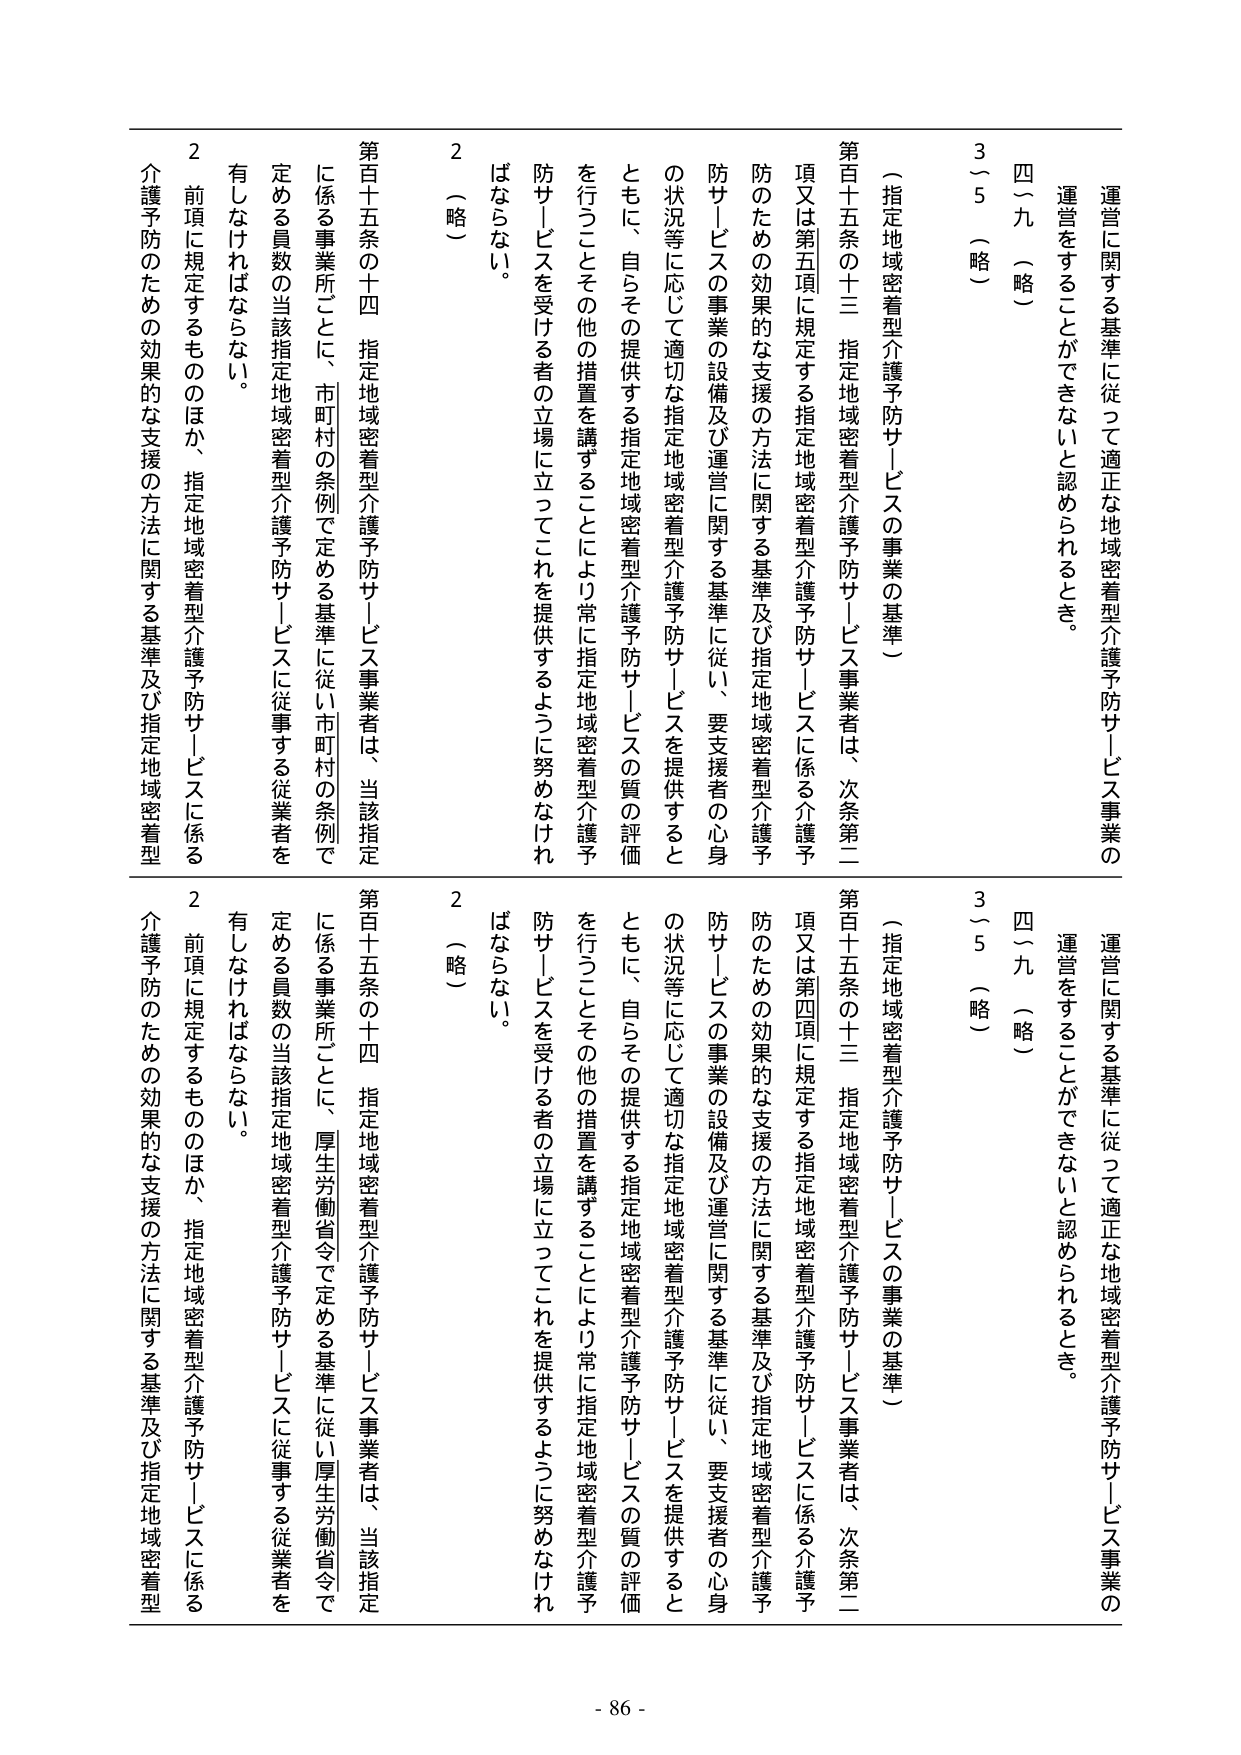
運営に関する基準に従って適正な地域密着型介護予防サービス事業の
運営をすることができないと認められるとき。
四～九（略）
3～5（略）
（指定地域密着型介護予防サービスの事業の基準）
第百十五条の十三 指定地域密着型介護予防サービス事業者は、次条第二
項又は第五項に規定する指定地域密着型介護予防サービスに係る介護予
防のための効果的な支援の方法に関する基準及び指定地域密着型介護予
防サービスの事業の設備及び運営に関する基準に従い、要支援者の心身
の状況等に応じて適切な指定地域密着型介護予防サービスを提供すると
ともに、自らその提供する指定地域密着型介護予防サービスの質の評価
を行うことその他の措置を講ずることにより常に指定地域密着型介護予
防サービスを受ける者の立場に立ってこれを提供するように努めなけれ
ばならない。
2（略）
第百十五条の十四 指定地域密着型介護予防サービス事業者は、当該指定
に係る事業所ごとに、市町村の条例で定める基準に従い市町村の条例で
定める員数の当該指定地域密着型介護予防サービスに従事する従業者を
有しなければならない。
2 前項に規定するもののほか、指定地域密着型介護予防サービスに係る
介護予防のための効果的な支援の方法に関する基準及び指定地域密着型

運営に関する基準に従って適正な地域密着型介護予防サービス事業の
運営をすることができないと認められるとき。
四～九（略）
3～5（略）
（指定地域密着型介護予防サービスの事業の基準）
第百十五条の十三 指定地域密着型介護予防サービス事業者は、次条第二
項又は第四項に規定する指定地域密着型介護予防サービスに係る介護予
防のための効果的な支援の方法に関する基準及び指定地域密着型介護予
防サービスの事業の設備及び運営に関する基準に従い、要支援者の心身
の状況等に応じて適切な指定地域密着型介護予防サービスを提供すると
ともに、自らその提供する指定地域密着型介護予防サービスの質の評価
を行うことその他の措置を講ずることにより常に指定地域密着型介護予
防サービスを受ける者の立場に立ってこれを提供するように努めなけれ
ばならない。
2（略）
第百十五条の十四 指定地域密着型介護予防サービス事業者は、当該指定
に係る事業所ごとに、厚生労働省令で定める基準に従い厚生労働省令で
定める員数の当該指定地域密着型介護予防サービスに従事する従業者を
有しなければならない。
2 前項に規定するもののほか、指定地域密着型介護予防サービスに係る
介護予防のための効果的な支援の方法に関する基準及び指定地域密着型

- 86 -